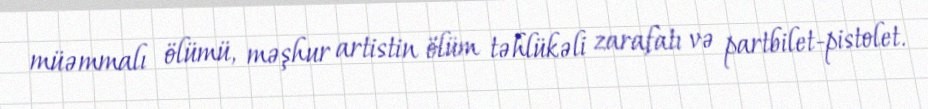
müəmmalı ölümü, məşhur artistin ölüm təhlükəli zarafatı və partbilet-pistolet.